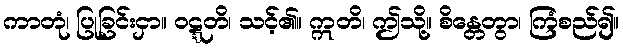
ကာတုံ၊ ပြုခြင်းငှာ။ ဝဋ္ဋတိ၊ သင့်၏။ ဣတိ၊ ဤသို့။ စိန္တေတွာ၊ ကြံစည်၍။